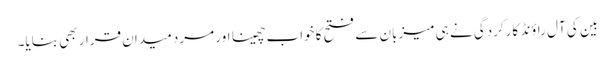
بین کی آل راؤنڈ کارکردگی نے ہی میزبان سے فتح کا خواب چھینا اور مرد میدان قرار بھی بنایا۔